Annual report of the Punjab Veterinary College and of the Civil Veterinary Department, Punjab - 1894-1908
Year: 1894
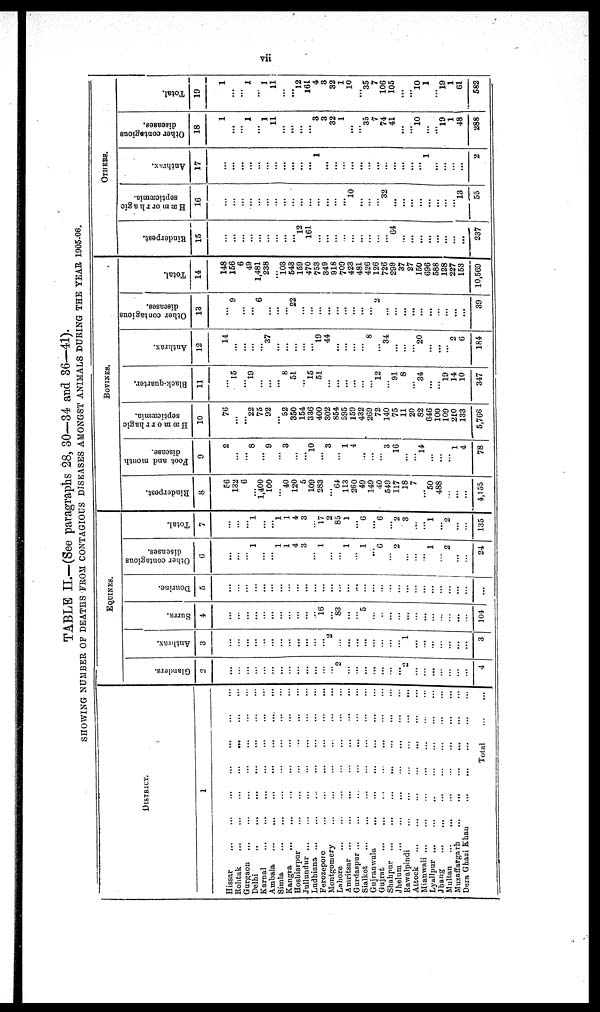
vii
TABLE II.—(See paragraphs 28, 80—34 and 36—41).
SHOWING NUMBER OF DEATHS FROM CONTAGIOUS DISEASES AMONGST ANIMALS DURING THE YEAR 1905-06.
DISTRICT
1
Hissar ... ... ... ... ... ... ...
Rohtak
...
...
...
...
...
Gurgaon ... ... ... ... ...
Delhi
...
...
...
...
...
...
...
Karnal ... ... ... ... ... ... ...
Ambala ... ... ... ... ... ... ...
Simla ... ... ... ... ... ... ...
Kangra ... ... ... ... ... ... ...
Hosbiarpur ... ... ... ... ... ... ...
Jullundur ... ... ... ... ... ... ...
Ludbiana ... ... ... ... ... ... ...
Ferozepore
...
...
...
...
...
...
...
Montgomery
...
...
...
...
...
...
...
Lahore ... ... ... ... ... ... ...
Amritsar ...
...
...
...
...
Gurdaspur ... ... ... ... ... ... ...
Sialkot
...
...
...
...
...
...
...
Gujranwala
...
...
...
...
...
...
...
Gujrat ... ... ... ... ... ... ...
Shahpur ... ... ... ... ... ... ...
Jhelum ... ... ... ... ... ... ...
Rawalpindi
...
...
...
...
...
...
...
Attock
...
...
...
...
...
...
...
Mianwali ... ... ... ... ... ... ...
Lyallpur ... ... ... ... ... ... ...
Jhang
...
...
...
...
...
...
...
Multan ... ... ... ... ... ... ...
Muzaffargarh ... ... ... ... ... ... ...
Dera Ghazi Khan ... ... ... ... ...
Total
...
...
EQUINES.
Glanders.
2
...
...
...
...
...
...
...
...
...
...
...
...
...
2
...
......
...
...
...
...
...
2
...
...
...
...
...
...
...
4
Anthrax.
3
...
...
...
...
...
...
...
...
...
...
...
...
2
...
......
...
...
...
...
...
...
1
...
...
...
...
...
...
...
3
Surra.
4
...
...
...
...
...
...
...
...
...
...
...
16
...
83
...
...
5
...
...
...
...
...
...
...
...
...
...
...
...
104
Dourine.
5
...
...
...
...
...
...
...
...
...
...
...
...
...
...
...
......
...
...
...
...
...
...
...
...
...
...
...
...
...
...
Other contagious
diseases.
6
...
...
...
1
...
...
1
1
4
3
...
1
...
...
1
...
1
...
6
...
2
...
...
...
1
...
2
...
...
24
Total.
7
...
...
...
1
...
...
1
1
4
3
...
17
2
85
1
...
6
...
6
...
2
3
...
...
1
...
2
...
...
135
BOVINES.
Rinderpest.
8
56
132
6
...
1,400
100
...
40
120
5
109
283
...
64
113
260
49
149
40
549
117
18
7
...
50
488
...
...
...
4,155
Foot and month
disease.
9
2
...
...
8
...
9
...
3
...
...
10
...
3
....
1
4
...
...
...
3
16
...
...
14
...
...
...
1
4
78
Hæmorrhagic
septicæmia.
10
76
...
...
22
75
92
...
52
350
154
336
400
302
854
595
159
432
269
72
140
75
11
20
82
646
100
109
210
133
5,766
Black-quarter.
11
...
15
...
19
...
...
...
8
51
...
15
51
...
...
...
...
...
...
12
...
91
8
...
34
...
...
19
14
10
347
Anthrax.
12
14
...
...
...
...
37
...
...
...
...
...
19
44
...
...
...
...
8
...
34
...
...
...
20
...
...
...
2
6
184
Other contagious
diseases.
13
...
9
...
...
6
...
...
...
22
...
...
...
...
...
...
...
...
...
2
...
...
...
...
...
...
...
...
...
...
39
Total.
14
148
156
6
49
1,481
238
...
103
543
159
470
753
349
918
709
423
481
426
126
726
299
37
27
150
696
588
128
227
153
10,569
OTHERS
Rinderpest.
15
...
...
...
...
...
...
...
......
...
12
161
...
...
...
...
...
......
...
...
...
64
...
...
...
...
...
...
...
...
237
Hæmorrhagic
septicæmia.
16
...
...
...
...
...
...
...
...
...
...
...
...
...
...
......
10
......
...
...
32
...
....
...
...
...
...
...
...
13
55
Anthrax.
17
...
...
...
...
...
...
...
...
...
...
...
1
...
...
...
...
...
...
...
...
...
...
...
...
1
...
...
...
2
Other contagious
diseases.
18
1
...
...
1
...
1
11
...
...
...
...
3
3
32
1
...
...
35
7
74
41
...
...
10
...
...
19
1
48
288
Total.
i
19
1
...
...
1
...
1
11
...
...
12
161
4
3
32
1
10
...
35
7
106
105
...
...
10
1
...
19
1
61
582